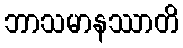
ဘာသမာနဿာတိ